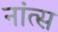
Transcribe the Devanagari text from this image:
नांत्स